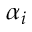
\alpha _ { i }